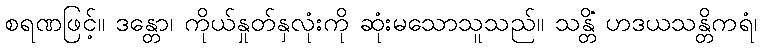
စရဏဖြင့်။ ဒန္တော၊ ကိုယ်နှုတ်နှလုံးကို ဆုံးမသောသူသည်။ သန္တိံ ဟဒယသန္တိကရံ၊